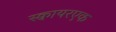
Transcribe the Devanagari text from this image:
स्क्वायरएक